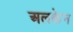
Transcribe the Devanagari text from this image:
अलकेन